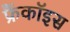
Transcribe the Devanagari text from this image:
फ्रैंकॉइस